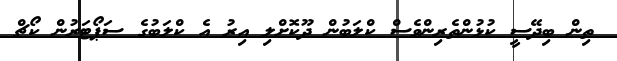
ތިން ބިދޭސީ ކުޅުންތެރިންވެސް ކްލަބުން ދޫކޮށްލި އިރު އެ ކްލަބުގެ ސަޕޯޓަރުން ކޯޗް